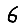
Digit: 6